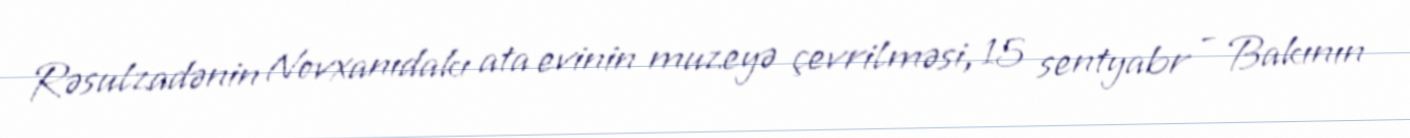
Rəsulzadənin Novxanıdakı ata evinin muzeyə çevrilməsi, 15 sentyabr - Bakının